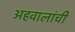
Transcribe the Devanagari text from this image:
अहवालांची